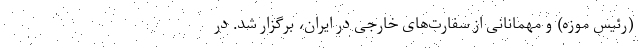
(رئیس موزه) و مهمانانی از سفارت‌های خارجی در ایران، برگزار شد. در